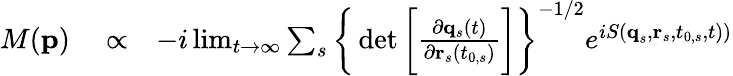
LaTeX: \begin{array}{rlr}{M(\textbf{p})}&{{}\propto}&{-i\operatorname*{lim}_{t\rightarrow\infty}\sum_{s}\bigg\{ \operatorname*{det}\bigg[\frac{\partial\mathbf{q}_{s}(t)}{\partial\mathbf{r}_{s}(t_{0,s})}\bigg]\bigg\} ^{-1/2}e^{iS(\textbf{q}_{s},\textbf{r}_{s},t_{0,s},t))}}\end{array}